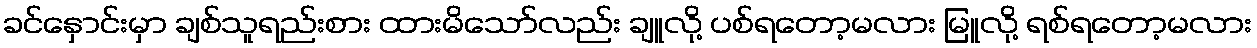
ခင်နှောင်းမှာ ချစ်သူရည်းစား ထားမိသော်လည်း ချူလို့ ပစ်ရတော့မလား မြူလို့ ရစ်ရတော့မလား